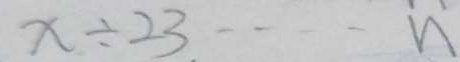
x \div 2 3 \cdots \ddot { n }